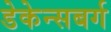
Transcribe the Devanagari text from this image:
डेकेन्सबर्ग